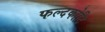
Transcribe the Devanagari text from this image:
फल्दकोटि